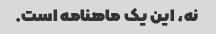
نه، این یک ماهنامه است.